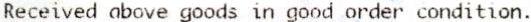
RECEIVED ABOVE GOODS IN GOOD ORDER CONDITION.